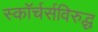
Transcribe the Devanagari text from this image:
स्कॉर्चर्सविरुद्ध